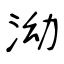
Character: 泑